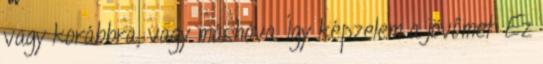
vagy korábbra, vagy máshova. Így képzelem a jövőmet: Ez